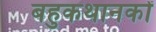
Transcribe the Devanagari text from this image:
बहुकथानकों